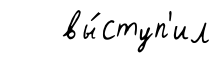
вы́ступ'ил